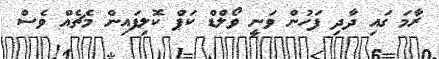
ރާމަ ގައި ދާދި ފަހުން ވަނީ ވޯލްޑް ކަޕް ކޮލިފައިން މެޗެއް ވެސް